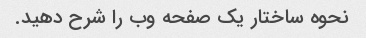
نحوه ساختار یک صفحه وب را شرح دهید.